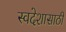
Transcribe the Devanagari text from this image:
स्वदेशासाठी